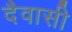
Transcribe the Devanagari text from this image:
दैवासी